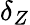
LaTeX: \delta_{Z}